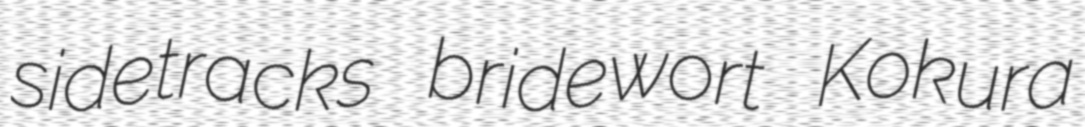
sidetracks bridewort Kokura